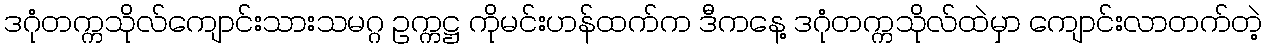
ဒဂုံတက္ကသိုလ်ကျောင်းသားသမဂ္ဂ ဥက္ကဋ္ဌ ကိုမင်းဟန်ထက်က ဒီကနေ့ ဒဂုံတက္ကသိုလ်ထဲမှာ ကျောင်းလာတက်တဲ့